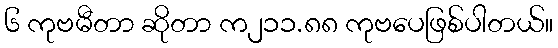
၆ ကုဗမီတာ ဆိုတာ က၂၁၁.၈၈ ကုဗပေဖြစ်ပါတယ်။